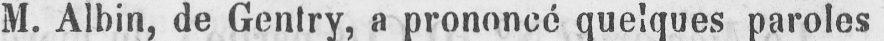
M. Albin, de Gentry, a prononcé quelques paroles